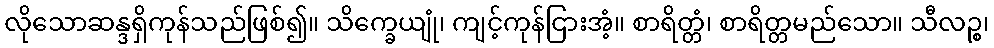
လိုသောဆန္ဒရှိကုန်သည်ဖြစ်၍။ သိက္ခေယျုံ၊ ကျင့်ကုန်ငြားအံ့။ စာရိတ္တံ၊ စာရိတ္တမည်သော။ သီလဉ္စ၊